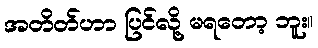
အတိတ်ဟာ ပြင်လို့ မရတော့ ဘူး။